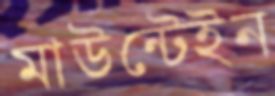
মাউন্টেইন